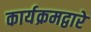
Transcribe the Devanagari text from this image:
कार्यक्रमद्वारे